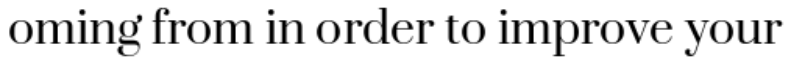
oming from in order to improve your